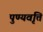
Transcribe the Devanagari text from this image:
पुण्यवृत्ति